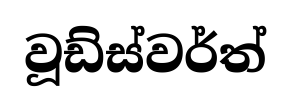
වූඩ්ස්වර්ත්